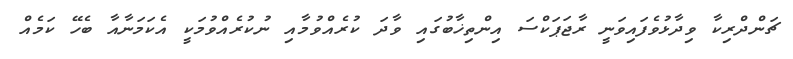
ޗަންދްރިކާ ވިދާޅުވެފައިވަނީ ރާޖަޕަކްސަ އިންތިޚާބުގައި ވާދަ ކުރެއްވުމާއި ނުކުރެއްވުމަކީ އެކަމަނާއާ ބެހޭ ކަމެއް